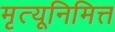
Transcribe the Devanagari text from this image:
मृत्यूनिमित्त